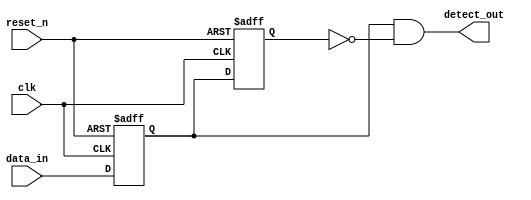
module DualFF_Detector (
    input wire clk,           // Clock input
    input wire reset_n,      // Asynchronous active-low reset
    input wire data_in,      // Input signal for the data stream
    output reg detect_out     // Output signal indicating detection
);

    // Internal signals for the flip-flops
    reg ff1, ff2;

    // Sequential logic for flip-flops
    always @(posedge clk or negedge reset_n) begin
        if (!reset_n) begin
            // Asynchronous reset
            ff1 <= 1'b0;
            ff2 <= 1'b0;
        end else begin
            // Sample input signal in the first flip-flop
            ff1 <= data_in;
            // The second flip-flop holds the previous state of the first
            ff2 <= ff1;
        end
    end

    // Combinational logic for detection
    always @(*) begin
        // Example detection logic: Detect if ff1 is high and ff2 is low (rising edge detection)
        detect_out = ff1 & ~ff2;
    end

endmodule